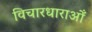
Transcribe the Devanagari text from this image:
विचारधाराओँ